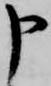
申